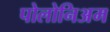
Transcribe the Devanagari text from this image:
पोलोनिअम